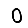
Digit: 0